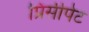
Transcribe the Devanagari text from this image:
प्रिंसीपेट